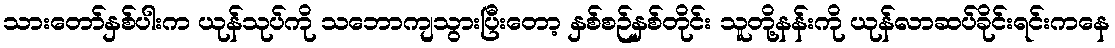
သားတော်နှစ်ပါးက ယုန်သုပ်ကို သဘောကျသွားပြီးတော့ နှစ်စဉ်နှစ်တိုင်း သူတို့နန်းကို ယုန်လာဆပ်ခိုင်းရင်းကနေ